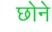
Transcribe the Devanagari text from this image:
छोने